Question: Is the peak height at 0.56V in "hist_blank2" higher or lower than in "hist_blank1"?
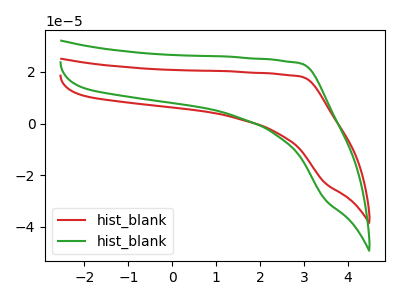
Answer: <think>The red curve "hist_blank1" has no peaks. The green curve "hist_blank2" has no peaks.</think>
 <answer>"hist_blank2" and "hist_blank1" dont share a peak at 0.56V.</answer>
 <eval>mismatch</eval>